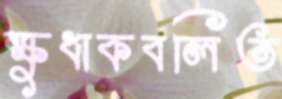
ক্ষুধাকবলিত